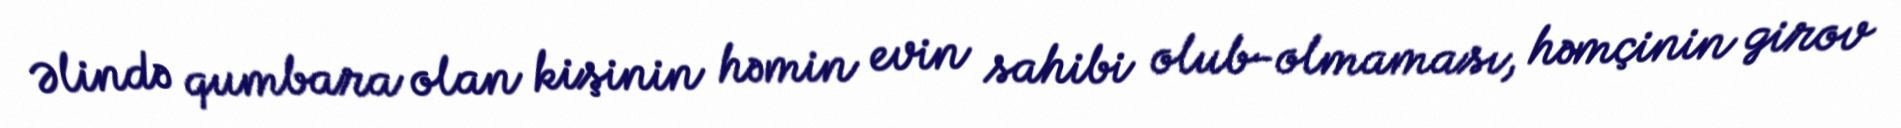
Əlində qumbara olan kişinin həmin evin sahibi olub-olmaması, həmçinin girov